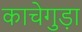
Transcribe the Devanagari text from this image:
काचेगुड़ा